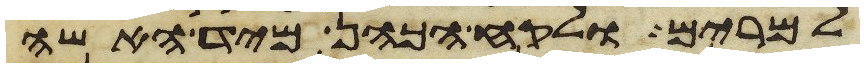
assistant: למרים ולקח הכהן מיד האשה